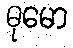
ဓုမော